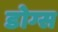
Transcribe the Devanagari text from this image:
डोग्स